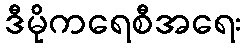
ဒီမိုကရေစီအရေး